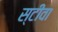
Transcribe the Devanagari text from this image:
स्टीवा